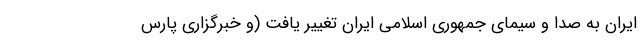
ایران به صدا و سیمای جمهوری اسلامی ایران تغییر یافت (و خبرگزاری پارس